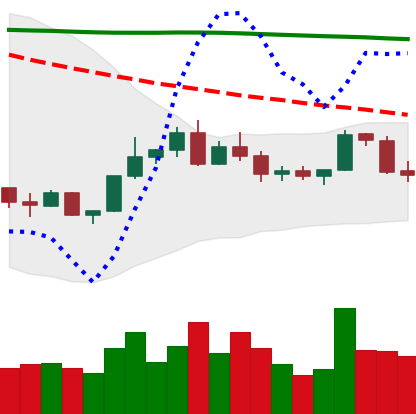
Ticker: BNB-USD
Chart end date: 2022-02-18
Forward return: -8.266%
Label: down_7plus